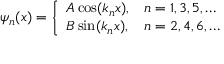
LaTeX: \psi _ { n } ( x ) = { \left\{ \begin{array} { l l } { A \cos ( k _ { n } x ) , } & { n = 1 , 3 , 5 , \dots } \\ { B \sin ( k _ { n } x ) , } & { n = 2 , 4 , 6 , \dots } \end{array} \right. }